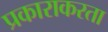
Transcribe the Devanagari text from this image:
प्रकाराकरता